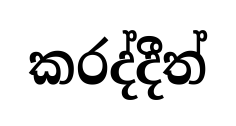
කරද්දීත්